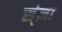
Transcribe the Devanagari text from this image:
स्ंज्ञा